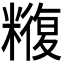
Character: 𮇼